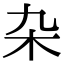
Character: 杂